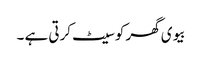
بیوی گھر کو سیٹ کرتی ہے ۔